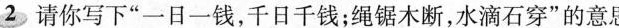
2请你写下”一日一钱，千日千钱；绳锯木断，水滴石穿”的意思。